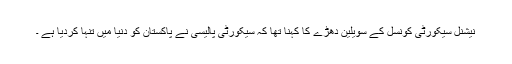
نیشنل سیکورٹی کونسل کے سویلین دھڑے کا کہنا تھا کہ سیکورٹی پالیسی نے پاکستان کو دنیا میں تنہا کردیا ہے ۔